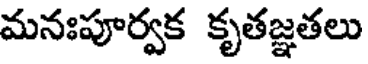
మనఃపూర్వక కృతజ్ఞతలు